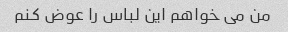
من می خواهم این لباس را عوض کنم